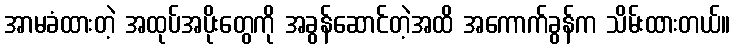
အာမခံထားတဲ့ အထုပ်အပိုးတွေကို အခွန်ဆောင်တဲ့အထိ အကောက်ခွန်က သိမ်းထားတယ်။